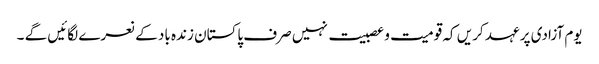
یوم آزادی پر عہد کریں کہ قومیت و عصبیت نہیں صرف پاکستان زندہ باد کے نعرے لگائیں گے ۔